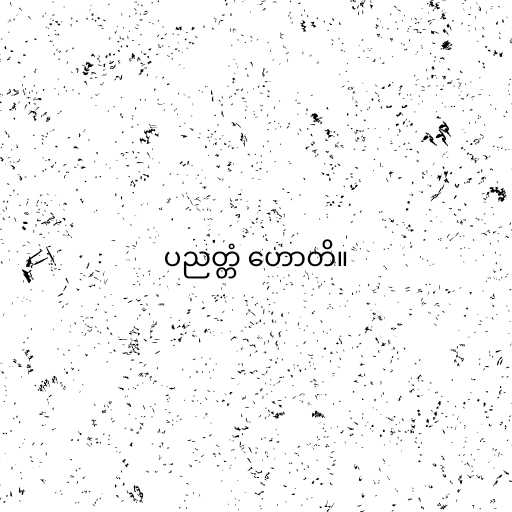
ပညတ္တံ ဟောတိ။